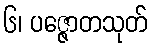
၆၊ ပဇ္ဇောတသုတ်